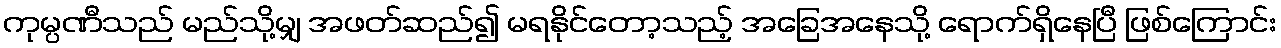
ကုမ္ပဏီသည် မည်သို့မျှ အဖတ်ဆည်၍ မရနိုင်တော့သည့် အခြေအနေသို့ ရောက်ရှိနေပြီ ဖြစ်ကြောင်း